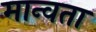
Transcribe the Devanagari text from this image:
मान्वता